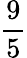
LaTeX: \frac{9}{5}